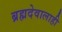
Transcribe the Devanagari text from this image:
ब्रह्मदेवालाही